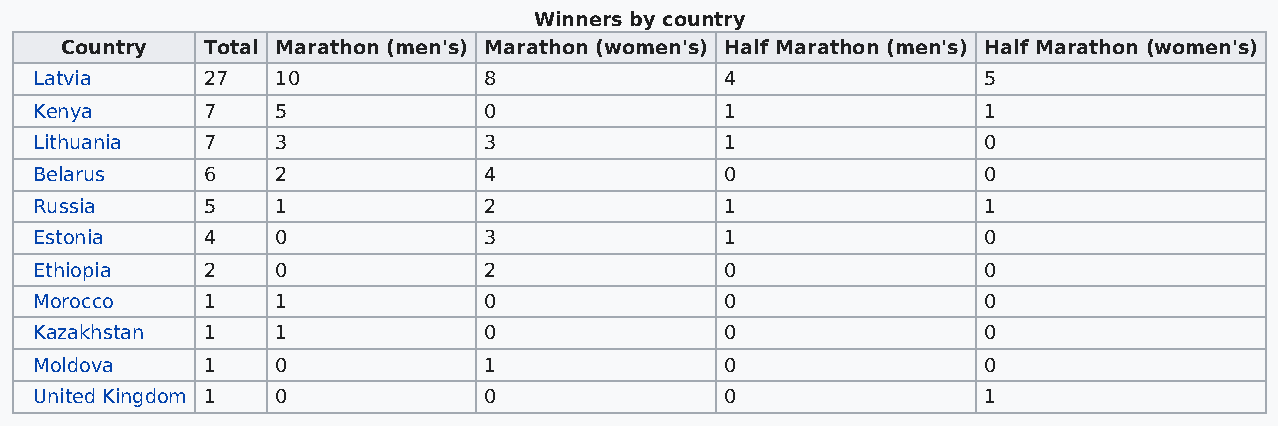
Winners by country
 Country  Total Marathon (men's) Marathon (women's) Half Marathon (men's) Half Marathon (women's)
 Latvia     27   10            8               4                5
 Kenya      7    5             0               1                1
 Lithuania  7    3             3               1                0
 Belarus    6    2             4               0                0
 Russia     5    1             2               1                1
 Estonia    4    0             3               1                0
 Ethiopia   2    0             2               0                0
 Morocco    1    1             0               0                0
 Kazakhstan 1    1             0               0                0
 Moldova    1    0             1               0                0
 United Kingdom 1 0            0               0                1